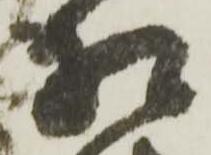
相